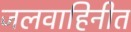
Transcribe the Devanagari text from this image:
जलवाहिनीत